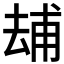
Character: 𠬃